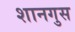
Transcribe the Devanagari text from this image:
शानगुस